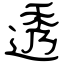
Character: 透